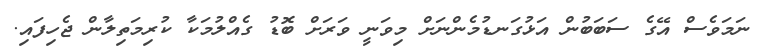
ނަމަވެސް އޭގެ ސަބަބުން އަޅުގަނޑުމެންނަށް މިވަނީ ވަރަށް ބޮޑު ގެއްލުމަކާ ކުރިމަތިލާން ޖެހިފައި.